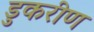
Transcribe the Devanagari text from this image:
डुकरीण